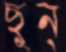
ছুন্